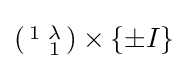
\left({\begin{smallmatrix}1&\lambda \\&1\end{smallmatrix}}\right)\times \{\pm I\}